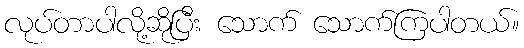
လုပ်တာပါလို့ဆိုပြီး သောက် သောက်ကြပါတယ်။